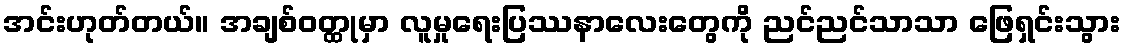
အင်းဟုတ်တယ်။ အချစ်ဝတ္ထုမှာ လူမှုရေးပြဿနာလေးတွေကို ညင်ညင်သာသာ ဖြေရှင်းသွား